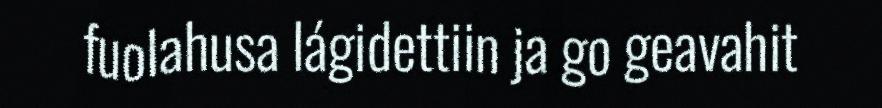
fuolahusa lágidettiin ja go geavahit